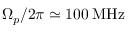
\Omega _ { p } / 2 \pi \simeq 1 0 0 \: \mathrm { M H z }